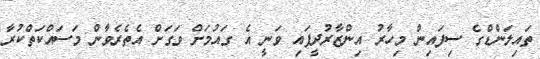
ތައިލަންޑްގެ ސިފައިން މިހާރު އިންޒާރުދީފައި ވަނީ އެ ގައުމަށް ވަގަށް އެތެރެވާން މަސައްކަތްކުރާ